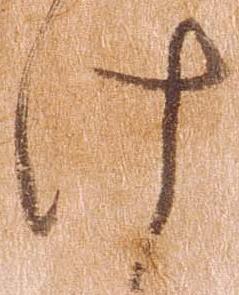
け